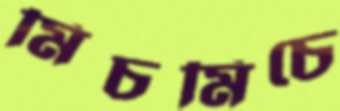
মিচমিচে